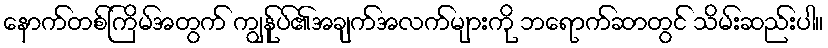
နောက်တစ်ကြိမ်အတွက် ကျွန်ုပ်၏အချက်အလက်များကို ဘရောက်ဆာတွင် သိမ်းဆည်းပါ။